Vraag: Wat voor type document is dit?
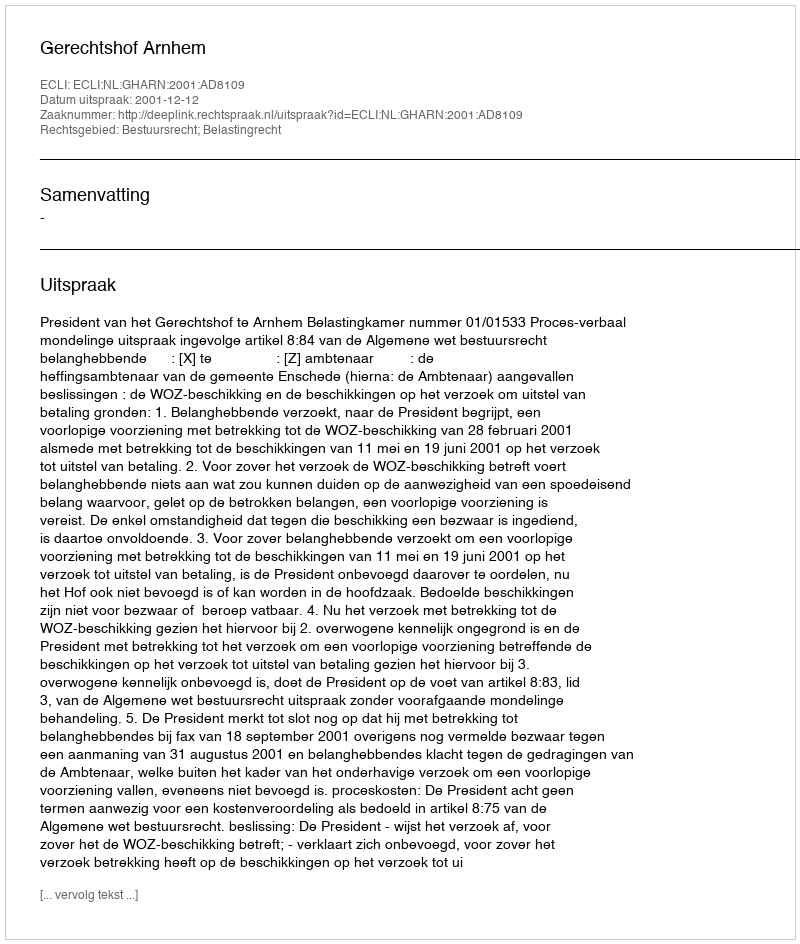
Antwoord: Uitspraak